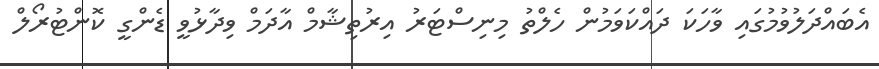
އެބައްދަލުވުމުގައި ވާހަކަ ދައްކަވަމުން ހެލްތު މިނިސްޓަރު އިރުތިޝާމް އާދަމް ވިދާޅުވީ ޑެންގީ ކޮންޓުރޯލް